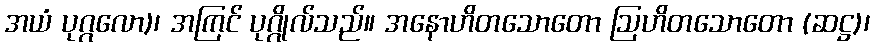
အယံ ပုဂ္ဂလော)၊ အကြင် ပုဂ္ဂိုလ်သည်။ အနောဟိတသောတော ဩဟိတသောတော (ဆဋ္ဌ)၊